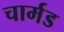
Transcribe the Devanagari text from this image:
चार्मड